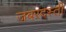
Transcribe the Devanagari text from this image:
जबरदस्‍ती